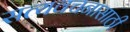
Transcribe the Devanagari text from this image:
सत्यवचनासाठी